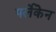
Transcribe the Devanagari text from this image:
पर्लेकेन